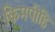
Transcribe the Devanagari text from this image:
किमपीहि